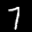
Label: 7